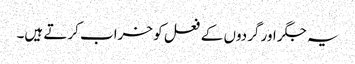
یہ جگر اور گردوں کے فعل کو خراب کرتے ہیں۔